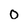
Character: 0